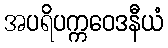
အပရိပက္ကဝေဒနီယံ